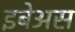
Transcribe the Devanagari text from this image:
इबेअस